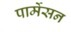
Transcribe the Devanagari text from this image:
पार्मेसन